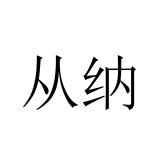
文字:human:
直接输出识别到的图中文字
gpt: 从纳